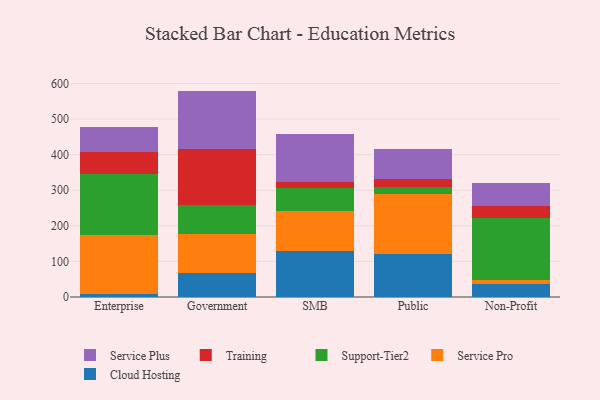
{"axis": {"x": "Segment", "y": "LTV (USD)"}, "legend": ["Cloud Hosting", "Service Plus", "Service Pro", "Support-Tier2", "Training"], "data": [{"x": "Enterprise", "y": 8.7, "type": "Cloud Hosting"}, {"x": "Enterprise", "y": 166.1, "type": "Service Pro"}, {"x": "Enterprise", "y": 170.8, "type": "Support-Tier2"}, {"x": "Enterprise", "y": 61.3, "type": "Training"}, {"x": "Enterprise", "y": 71.3, "type": "Service Plus"}, {"x": "Government", "y": 68.1, "type": "Cloud Hosting"}, {"x": "Government", "y": 109.2, "type": "Service Pro"}, {"x": "Government", "y": 81.9, "type": "Support-Tier2"}, {"x": "Government", "y": 156.8, "type": "Training"}, {"x": "Government", "y": 163.4, "type": "Service Plus"}, {"x": "SMB", "y": 129.4, "type": "Cloud Hosting"}, {"x": "SMB", "y": 112.4, "type": "Service Pro"}, {"x": "SMB", "y": 64.9, "type": "Support-Tier2"}, {"x": "SMB", "y": 17.0, "type": "Training"}, {"x": "SMB", "y": 134.8, "type": "Service Plus"}, {"x": "Public", "y": 119.7, "type": "Cloud Hosting"}, {"x": "Public", "y": 171.1, "type": "Service Pro"}, {"x": "Public", "y": 18.7, "type": "Support-Tier2"}, {"x": "Public", "y": 22.9, "type": "Training"}, {"x": "Public", "y": 83.2, "type": "Service Plus"}, {"x": "Non-Profit", "y": 36.8, "type": "Cloud Hosting"}, {"x": "Non-Profit", "y": 11.1, "type": "Service Pro"}, {"x": "Non-Profit", "y": 173.2, "type": "Support-Tier2"}, {"x": "Non-Profit", "y": 33.8, "type": "Training"}, {"x": "Non-Profit", "y": 64.7, "type": "Service Plus"}]}